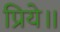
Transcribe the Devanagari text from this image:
प्रिये॥